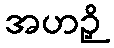
အဟဉှိ